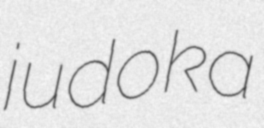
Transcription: judoka